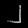
Digit: ၂